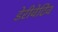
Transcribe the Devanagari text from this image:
डेरीवेटिव